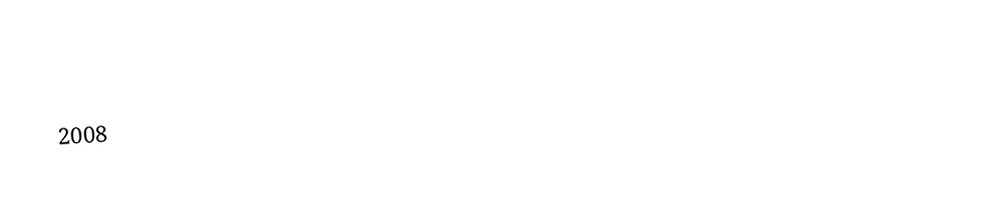

2008